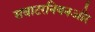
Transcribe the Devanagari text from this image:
सबाटरनियनऔर